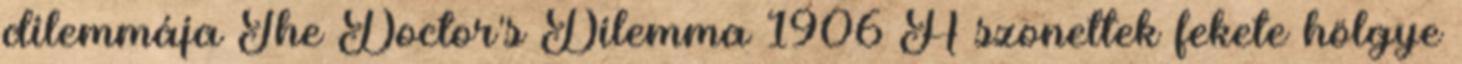
dilemmája The Doctor's Dilemma 1906 A szonettek fekete hölgye